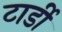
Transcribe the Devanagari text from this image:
टार्डी